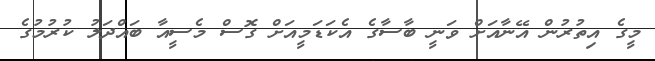
މީގެ އިތުރުން އޭނާއަށް ވަނީ ބާސާގެ އެކަޑަމީއަށް ގޮސް މެސީއާ ބައްދަލު ކުރުމުގެ